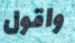
واقول